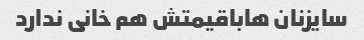
سایزنان هاباقیمتش هم خانی ندارد